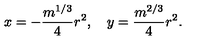
x = - { \frac { m ^ { 1 / 3 } } { 4 } } r ^ { 2 } , \quad y = { \frac { m ^ { 2 / 3 } } { 4 } } r ^ { 2 } .